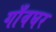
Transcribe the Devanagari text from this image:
गाँवघर